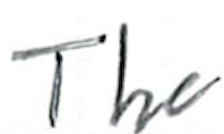
Text: The
Cross-out: clean
Writing tool: ballpoint